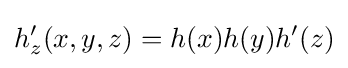
h_{z}'(x,y,z)=h(x)h(y)h'(z)